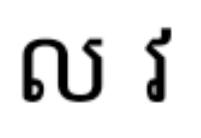
ល វ